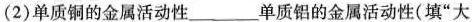
(2)单质铜的金属活动性______单质铝的金属活动性(填“大